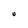
Character: U